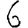
Digit: 6